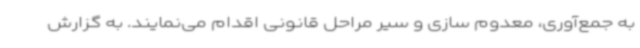
به جمع‌آوری، معدوم سازی و سیر مراحل قانونی اقدام می‌نمایند. به گزارش